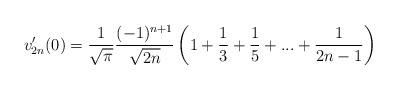
LaTeX: \begin{align*}v_{2n}'(0)=\frac{1}{\sqrt{\pi}}\frac{(-1)^{n+1}}{\sqrt{2n}}\left(1+\frac{1}{3}+\frac{1}{5}+...+\frac{1}{2n-1}\right)\end{align*}